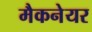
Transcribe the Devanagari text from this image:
मैकनेयर